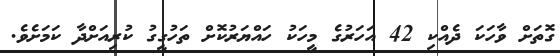
ގޮތަށް ވާހަކަ ދެއްކި 42 އަހަރުގެ މީހަކު ހައްޔަރުކޮށް ތަހުގީގު ކުރިއަށްދާ ކަމަށެވެ.